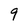
Character: 9